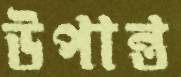
উপান্ত